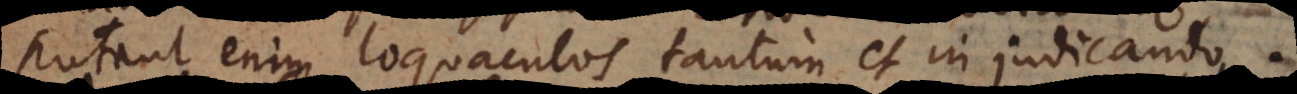
putant enim loquaculos tantum et in judicando